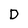
Character: D